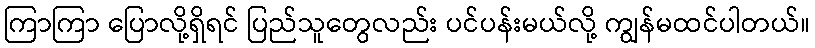
ကြာကြာ ပြောလို့ရှိရင် ပြည်သူတွေလည်း ပင်ပန်းမယ်လို့ ကျွန်မထင်ပါတယ်။